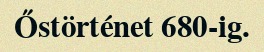
Őstörténet 680-ig.